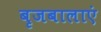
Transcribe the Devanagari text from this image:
बृजबालाएं